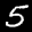
Label: 5